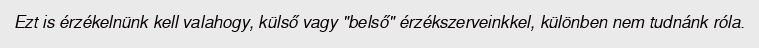
Ezt is érzékelnünk kell valahogy, külső vagy "belső" érzékszerveinkkel, különben nem tudnánk róla.